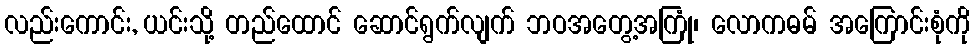
လည်းကောင်း, ယင်းသို့ တည်ထောင် ဆောင်ရွက်လျက် ဘဝအတွေ့အကြုံ၊ လောကဓမ် အကြောင်းစုံကို